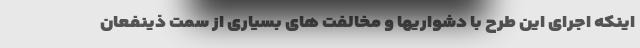
اینکه اجرای این طرح با دشواریها و مخالفت های بسیاری از سمت ذینفعان